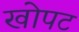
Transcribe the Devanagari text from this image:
खोपट